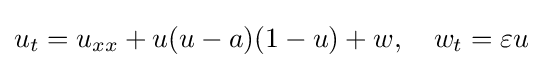
\displaystyle u_{t}=u_{xx}+u(u-a)(1-u)+w,\quad \displaystyle w_{t}=\varepsilon u